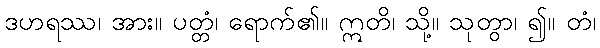
ဒဟရဿ၊ အား။ ပတ္တံ၊ ရောက်၏။ ဣတိ၊ သို့။ သုတွာ၊ ၍။ တံ၊